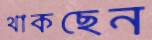
থাকছেন